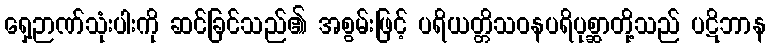
ရှေ့ဉာဏ်သုံးပါးကို ဆင်ခြင်သည်၏ အစွမ်းဖြင့် ပရိယတ္တိသဝနပရိပုစ္ဆာတို့သည် ပဋိဘာန